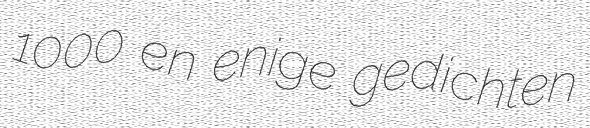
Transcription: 1000 en enige gedichten